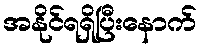
အနိုင်ရရှိပြီးနောက်